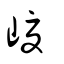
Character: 𡺷